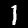
Digit: 1